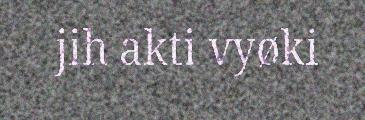
jih akti vyøki